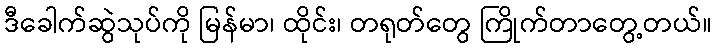
ဒီခေါက်ဆွဲသုပ်ကို မြန်မာ၊ ထိုင်း၊ တရုတ်တွေ ကြိုက်တာတွေ့တယ်။